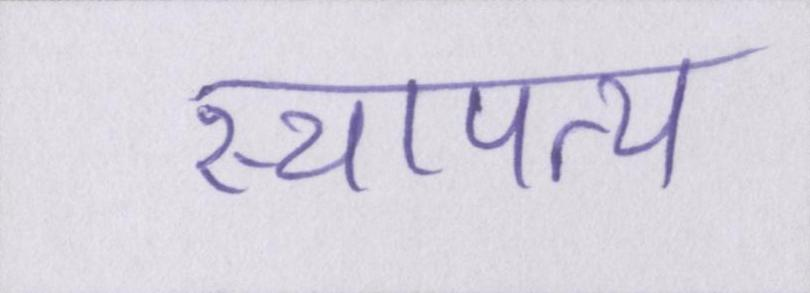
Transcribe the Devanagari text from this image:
स्थापत्य